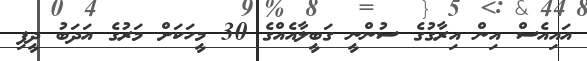
އައިއެސް އިން އިރާގުގެ ސުންނީ ގަބީލާއެއްގެ 30 މީހަކަށް މަރުގެ އަދަބު ދީފި